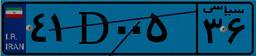
۴۱D۰۰۵۳۶